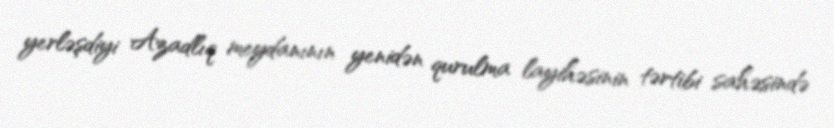
yerləşdiyi Azadlıq meydanının yenidən qurulma layihəsinin tərtibi sahəsində